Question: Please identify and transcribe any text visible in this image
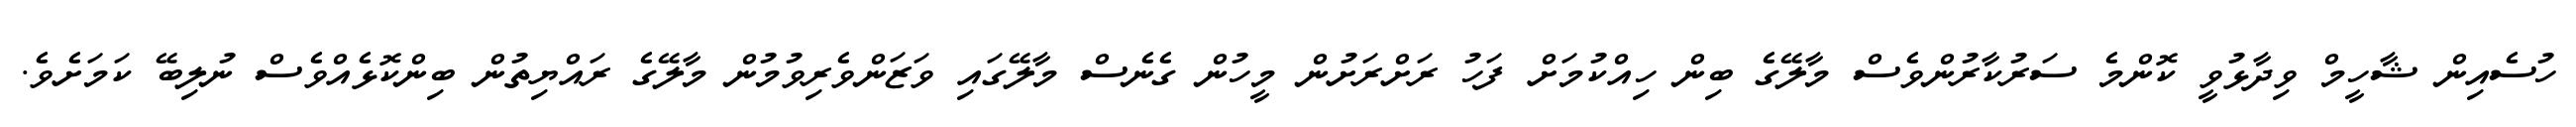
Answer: ހުސެއިން ޝާހީމް ވިދާޅުވީ ކޮންމެ ސަރުކާރުންވެސް މާލޭގެ ބިން ހިއްކުމަށް ފަހު ރަށްރަށުން މީހުން ގެނެސް މާލޭގައި ވަޒަންވެރިވުމުން މާލޭގެ ރައްޔިތުން ބިންކޮޅެއްވެސް ނުލިބޭ ކަމަށެވެ.